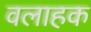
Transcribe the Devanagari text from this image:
वलाहक